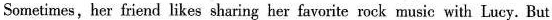
Sometimes,her friend likes sharing her favorite rock music with Lucy. But